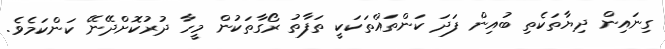
ގިނައިން ދިޔާތަކެތި ބުއިން ފަދަ ކަންތައްތަކަކީ ތަފާތު ރޯގާތަކުން މީހާ ދުރުކޮށްދޭނޭ ކަންކަމެވެ.